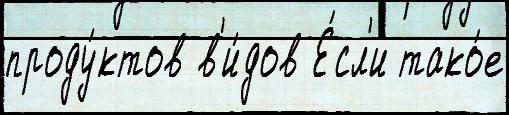
проду́ктов в'и́дов Е́сл'и тако́е